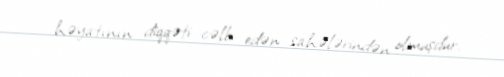
həyatının diqqəti cəlb edən sahələrindən olmuşdur.